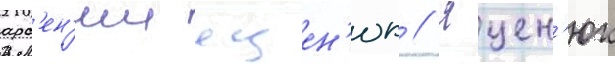
арс'ен'ии яцен'юк // Яцен'юк